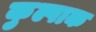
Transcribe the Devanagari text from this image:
कुल्पाक